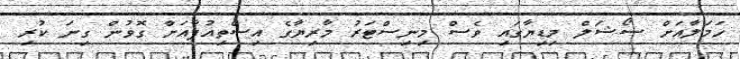
ހަމަލާއަށް ސޯޝަލް މިޑިޔާގައި ވެސް މިނިސްޓަރު މާރިޔާގެ އިސްތިއުފާއަށް ގޮވުން ގިނަ ކުރި